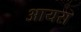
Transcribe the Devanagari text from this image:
आयरा